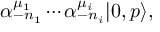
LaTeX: \alpha _ { - n _ { 1 } } ^ { \mu _ { 1 } } \cdots \alpha _ { - n _ { i } } ^ { \mu _ { i } } | 0 , p \rangle ,